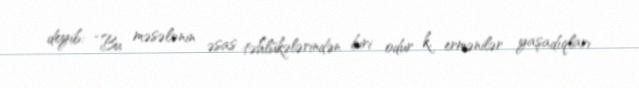
deyib: “Bu məsələnin əsas təhlükələrindən biri odur k, ermənilər yaşadıqları